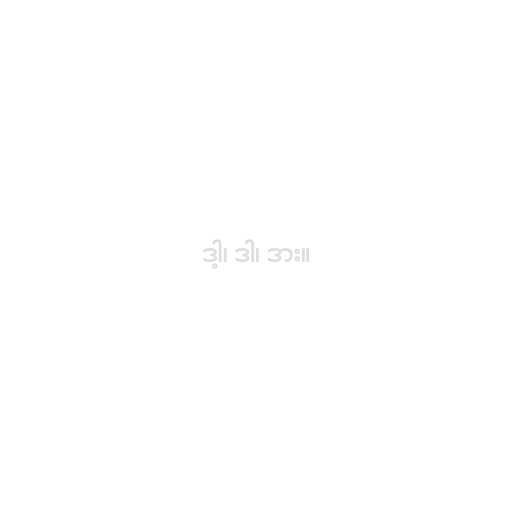
ဒါ့၊ ဒါ၊ ဒား။